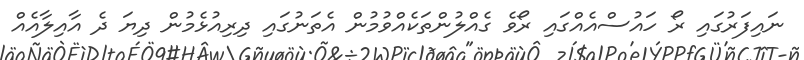
ނައިފަރުގައި ރޯ ހައުސްއެއްގައި ރޯވެ ގެއްލުންތަކެއްވުމުން އެތަނުގައި ދިރިއުޅެމުން ދިޔަ ދެ އާއިލާއެއް